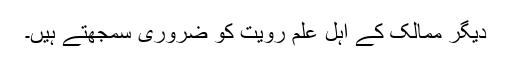
دیگر ممالک کے اہل علم رویت کو ضروری سمجھتے ہیں۔